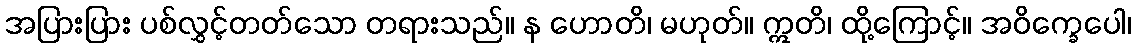
အပြားပြား ပစ်လွှင့်တတ်သော တရားသည်။ န ဟောတိ၊ မဟုတ်။ ဣတိ၊ ထို့ကြောင့်။ အဝိက္ခေပေါ၊